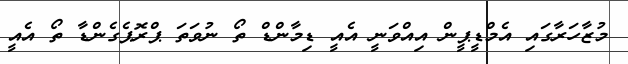
މުޒާހަރާގައި އެމްޑީޕީން އިއްވަނީ އެއީ ޑިމާންޑް ތޯ ނުވަތަ ޕްރޮޕެގެންޑާ ތޯ އެއީ